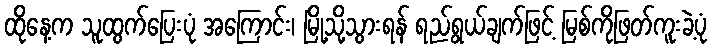
ထိုနေ့က သူထွက်ပြေးပုံ အကြောင်း၊ မြို့သို့သွားရန် ရည်ရွယ်ချက်ဖြင့် မြစ်ကိုဖြတ်ကူးခဲ့ပုံ